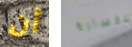
أن للخسارة